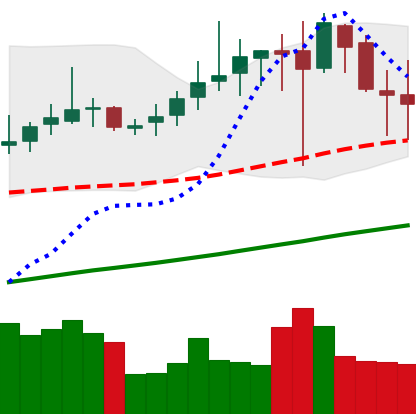
Ticker: DOGE-USD
Chart end date: 2019-07-02
Forward return: 13.389%
Label: up_7plus